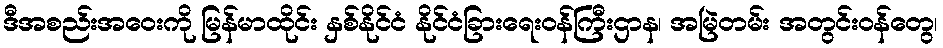
ဒီအစည်းအဝေးကို မြန်မာထိုင်း နှစ်နိုင်ငံ နိုင်ငံခြားရေးဝန်ကြီးဌာန၊ အမြဲတမ်း အတွင်းဝန်တွေ၊